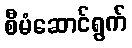
စီမံဆောင်ရွက်